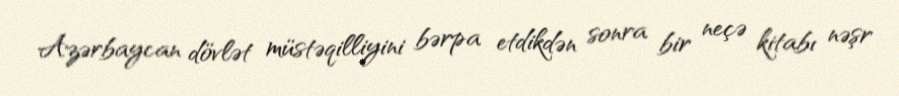
Azərbaycan dövlət müstəqilliyini bərpa etdikdən sonra bir neçə kitabı nəşr